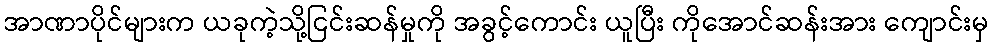
အာဏာပိုင်များက ယခုကဲ့သို့ငြင်းဆန်မှုကို အခွင့်ကောင်း ယူပြီး ကိုအောင်ဆန်းအား ကျောင်းမှ